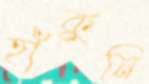
হাঁকুনি